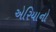
એરિયાનો